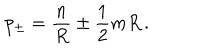
LaTeX: p _ { \pm } = \displaystyle \frac { n } { R } \pm \displaystyle \frac { 1 } { 2 } m R \, .